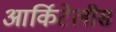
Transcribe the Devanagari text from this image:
आर्किटेलीस